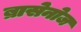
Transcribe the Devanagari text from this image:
ब्रासेनोज